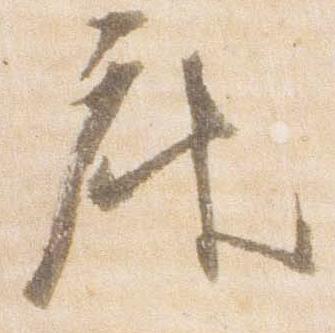
座